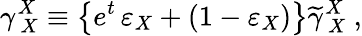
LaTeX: \gamma_{\ X}^{X}\equiv\left\{ e^{t}\, \varepsilon_{X}+\left(1-\varepsilon_{X}\right)\right\} \widetilde{\gamma}_{\ X}^{X}\ ,